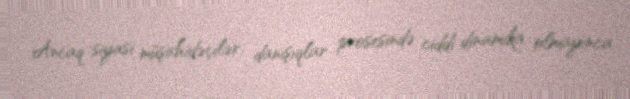
Ancaq siyasi müşahidəçilər danışıqlar prosesində ciddi dinamika olmayınca